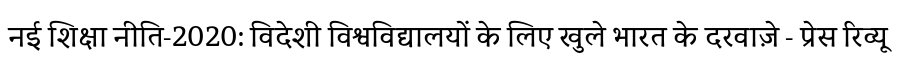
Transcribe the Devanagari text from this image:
नई शिक्षा नीति-2020: विदेशी विश्वविद्यालयों के लिए खुले भारत के दरवाज़े - प्रेस रिव्यू